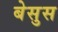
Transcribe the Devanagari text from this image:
बेसुस